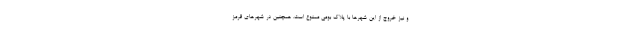
و نیز خروج از این شهرها با پلاک بومی ممنوع است. همچنین در شهرهای قرمز